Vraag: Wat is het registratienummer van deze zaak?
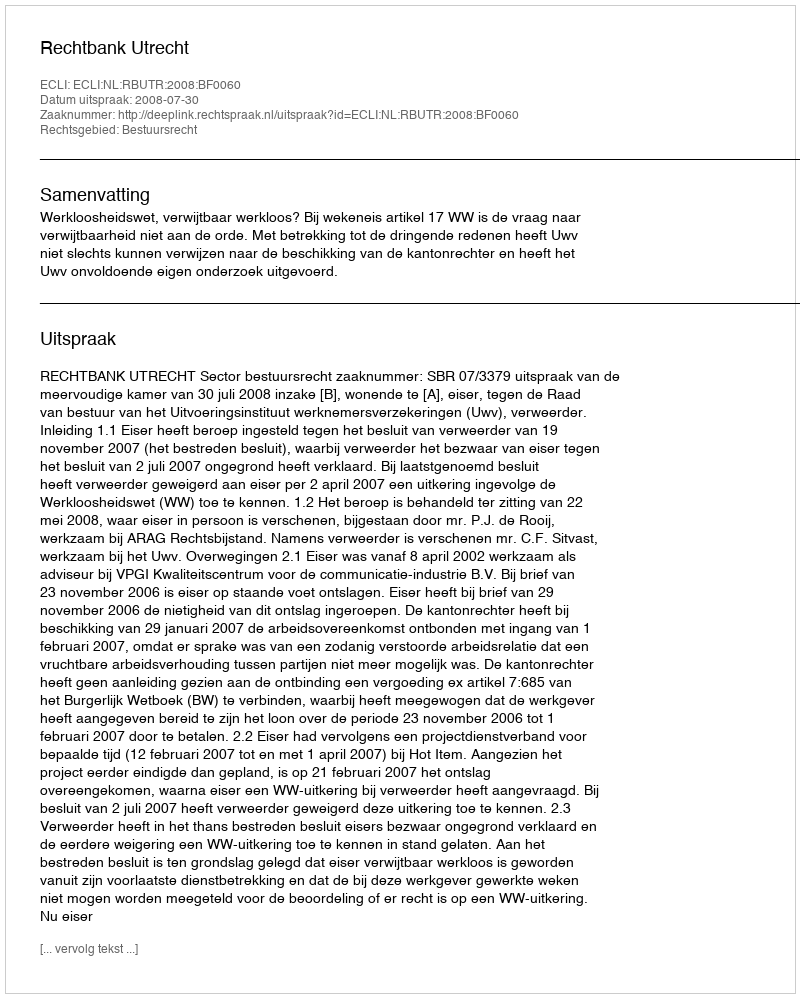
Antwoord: http://deeplink.rechtspraak.nl/uitspraak?id=ECLI:NL:RBUTR:2008:BF0060